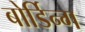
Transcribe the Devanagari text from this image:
बोर्डिन्ग